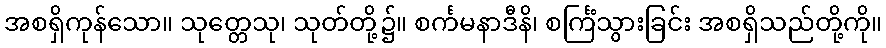
အစရှိကုန်သော။ သုတ္တေသု၊ သုတ်တို့၌။ စင်္ကမနာဒီနိ၊ စင်္ကြံသွားခြင်း အစရှိသည်တို့ကို။